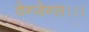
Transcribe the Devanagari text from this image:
वेन्जेन्स।।।